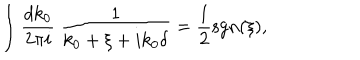
LaTeX: \int \frac { d k _ { 0 } } { 2 \pi i } \ \frac { 1 } { k _ { 0 } + \xi + i k _ { 0 } \delta } = \frac { 1 } { 2 } \mathrm { s g n } ( \xi ) ,